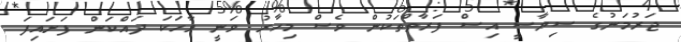
ޖަރުމަނުގެ ސިޔާސީ އިސް ފަރާތްތަކުން ވެސް މިހާރު ވަނީ ވާހަކަ ދައްކަން ފަށައިފަ